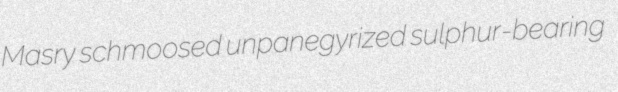
Masry schmoosed unpanegyrized sulphur-bearing